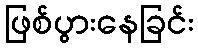
ဖြစ်ပွားနေခြင်း